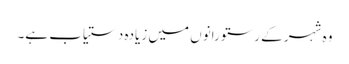
وہ شہر کے رستورانوں میں زیادہ دستیاب ہے۔